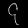
Digit: ၄